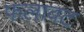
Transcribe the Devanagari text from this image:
फलावट